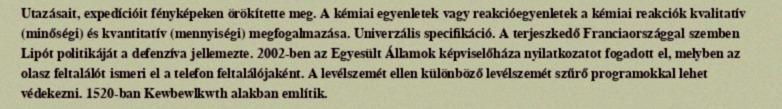
Utazásait, expedícióit fényképeken örökítette meg. A kémiai egyenletek vagy reakcióegyenletek a kémiai reakciók kvalitatív (minőségi) és kvantitatív (mennyiségi) megfogalmazása. Univerzális specifikáció. A terjeszkedő Franciaországgal szemben Lipót politikáját a defenzíva jellemezte. 2002-ben az Egyesült Államok képviselőháza nyilatkozatot fogadott el, melyben az olasz feltalálót ismeri el a telefon feltalálójaként. A levélszemét ellen különböző levélszemét szűrő programokkal lehet védekezni. 1520-ban Kewbewlkwth alakban említik.